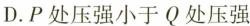
D.P处压强小于Q处压强